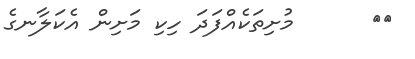
١٤      މުށިތަކެއްފަދަ ހިކި މަށިން އެކަލާނގެ